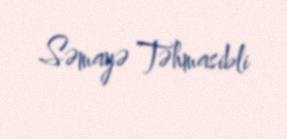
Səmayə Təhmasibli